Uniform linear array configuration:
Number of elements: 24
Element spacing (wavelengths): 1
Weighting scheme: hann
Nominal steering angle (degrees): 15
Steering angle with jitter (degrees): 15.986
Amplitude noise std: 0.05
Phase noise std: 0.05

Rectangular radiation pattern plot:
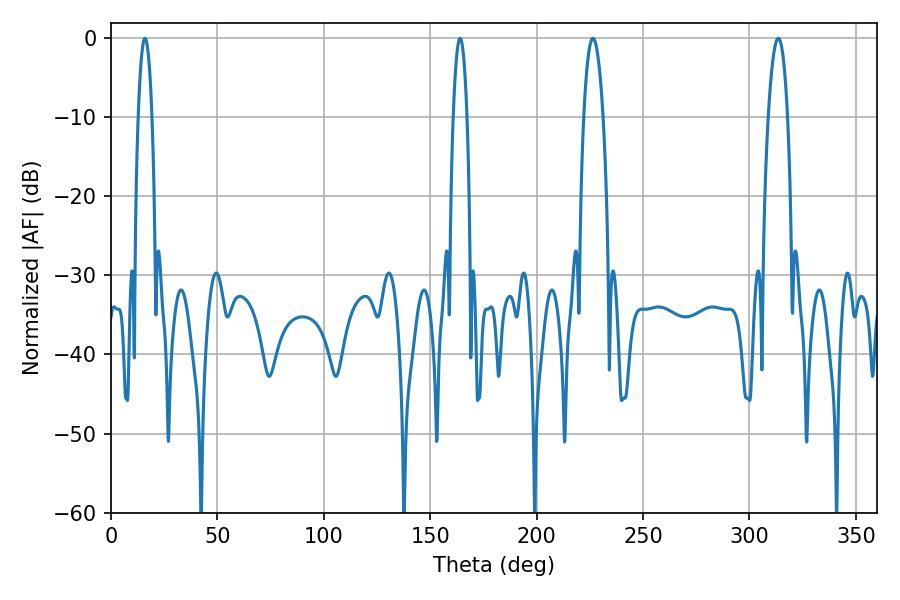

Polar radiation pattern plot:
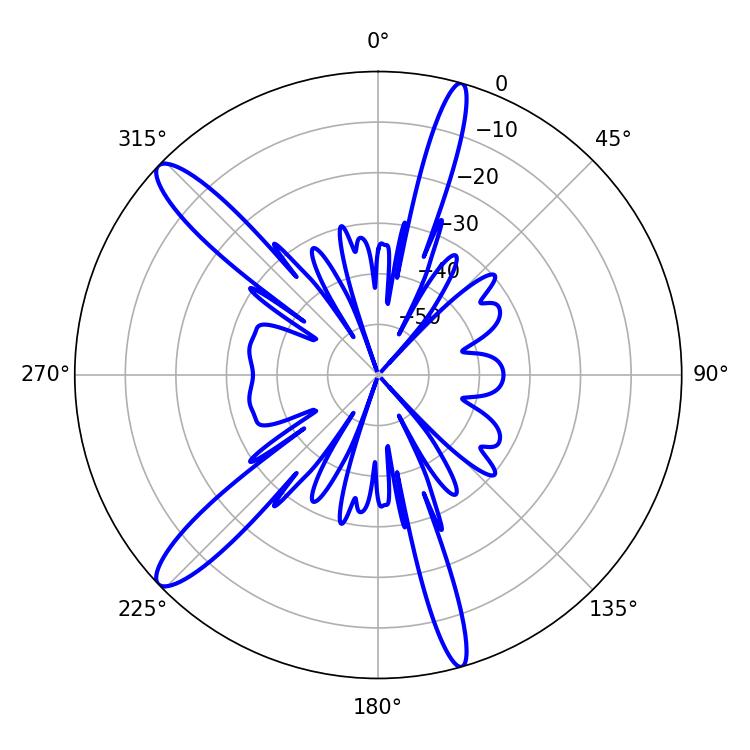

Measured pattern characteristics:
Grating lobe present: TRUE
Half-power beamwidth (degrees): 5.04
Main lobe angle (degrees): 226.44